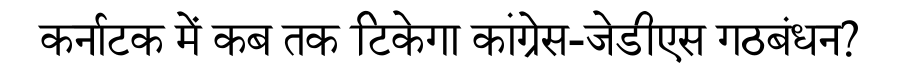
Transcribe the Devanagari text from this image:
कर्नाटक में कब तक टिकेगा कांग्रेस-जेडीएस गठबंधन?